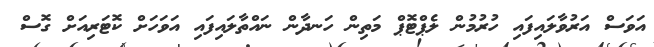
އަވަސް އަރުވާލައިފައި ހުރުމުން ލެޕްޓޮޕް މަތިން ހަނދާން ނައްތާލައިފައި އަވަހަށް ކޮޓަރިއަށް ގޮސް